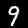
Digit: 9